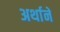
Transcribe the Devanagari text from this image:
अर्थानें